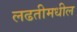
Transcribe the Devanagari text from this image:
लढतीमधील